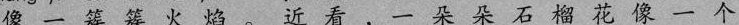
像一 簇簇火焰。 近看， 一朵朵石榴花像 一个